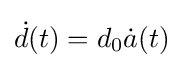
{\dot {d}}(t)=d_{0}{\dot {a}}(t)